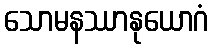
သောမနဿာနုယောဂံ